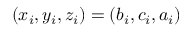
( x _ { i } , y _ { i } , z _ { i } ) = ( b _ { i } , c _ { i } , a _ { i } )